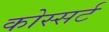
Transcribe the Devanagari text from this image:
कोस्सर्ट